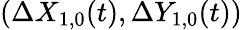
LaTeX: (\Delta X_{1,0}(t),\Delta Y_{1,0}(t))